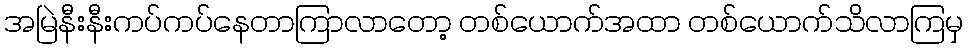
အမြဲနီးနီးကပ်ကပ်နေတာကြာလာတော့ တစ်ယောက်အထာ တစ်ယောက်သိလာကြမှ